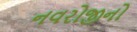
નવરોજીનો